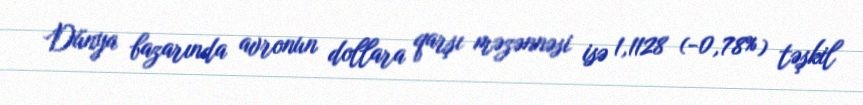
Dünya bazarında avronun dollara qarşı məzənnəsi isə 1,1128 (-0,78%) təşkil